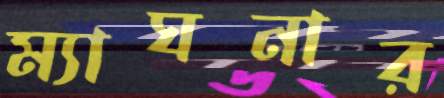
ম্যাঘনার